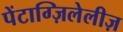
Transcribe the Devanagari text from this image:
पेंटाग्ज़िलेलीज़